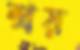
শ্রয়